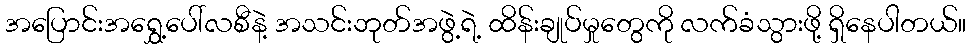
အပြောင်းအရွှေ့ပေါ်လစီနဲ့ အသင်းဘုတ်အဖွဲ့ရဲ့ ထိန်းချုပ်မှုတွေကို လက်ခံသွားဖို့ ရှိနေပါတယ်။